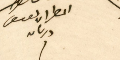
المطران يوسف دريان